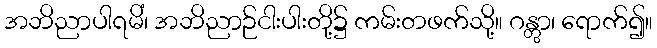
အဘိညာပါရမိံ၊ အဘိညာဉ်ငါးပါးတို့၌ ကမ်းတဖက်သို့။ ဂန္တွာ၊ ရောက်၍။